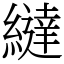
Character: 繨